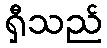
ရှီသည်